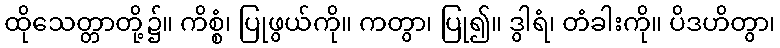
ထိုသေတ္တာတို့၌။ ကိစ္စံ၊ ပြုဖွယ်ကို။ ကတွာ၊ ပြု၍။ ဒွါရံ၊ တံခါးကို။ ပိဒဟိတွာ၊